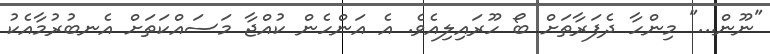
"ނޫން..." މިންހާ ދެފަރާތަށް ބޯ ހޫރައިލިއެވެ. އެ އަންހެން ކުއްޖާ މަސައްކަތަށް އެނބުރުމާއެކު